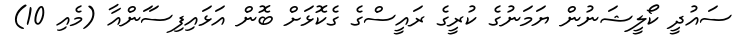
ސައުދީ ކޯލީޝަނުން ޔަމަނުގެ ކުރީގެ ރައީސްގެ ގެކޮޅަށް ބޮން އަޅައިފިސަަންއާ (މެއި 10)